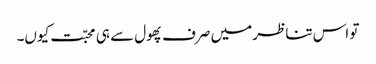
تو اس تناظر میں صرف پھول سے ہی محبّت کیوں۔